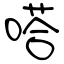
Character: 嗒